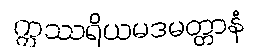
ဣဿရိယမဒမတ္တာနံ